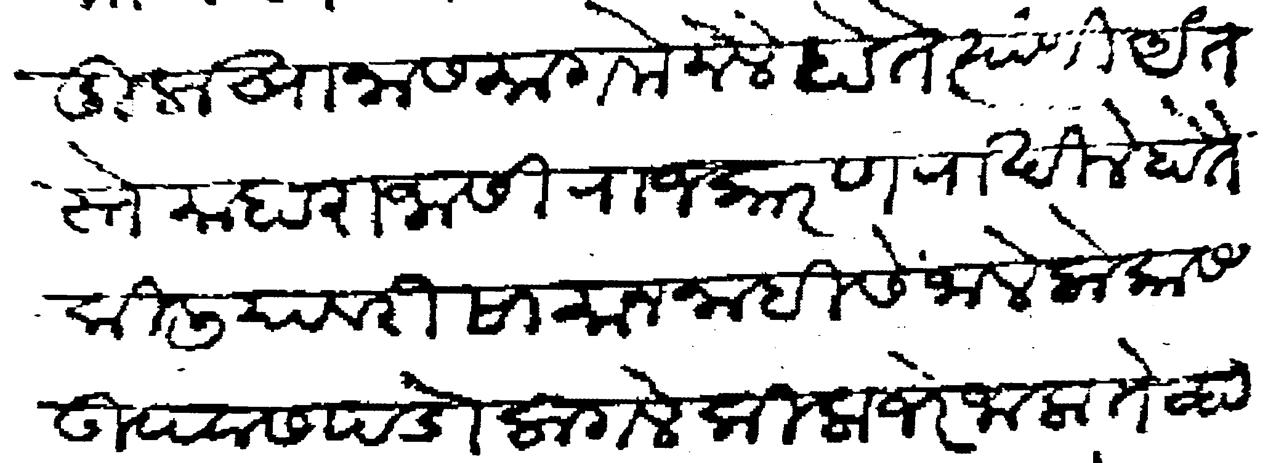
Transliteration (Devanagari): रणदुलाखाना समागमे नेले होते त्यांणी अंतस्ते माहाराजासी राजकारण राखिले होते किलीयावरी सामान नाहीसें जाले लोकास उपवास पडो लागले किला जेर जाला तेव्हा